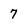
Character: 7